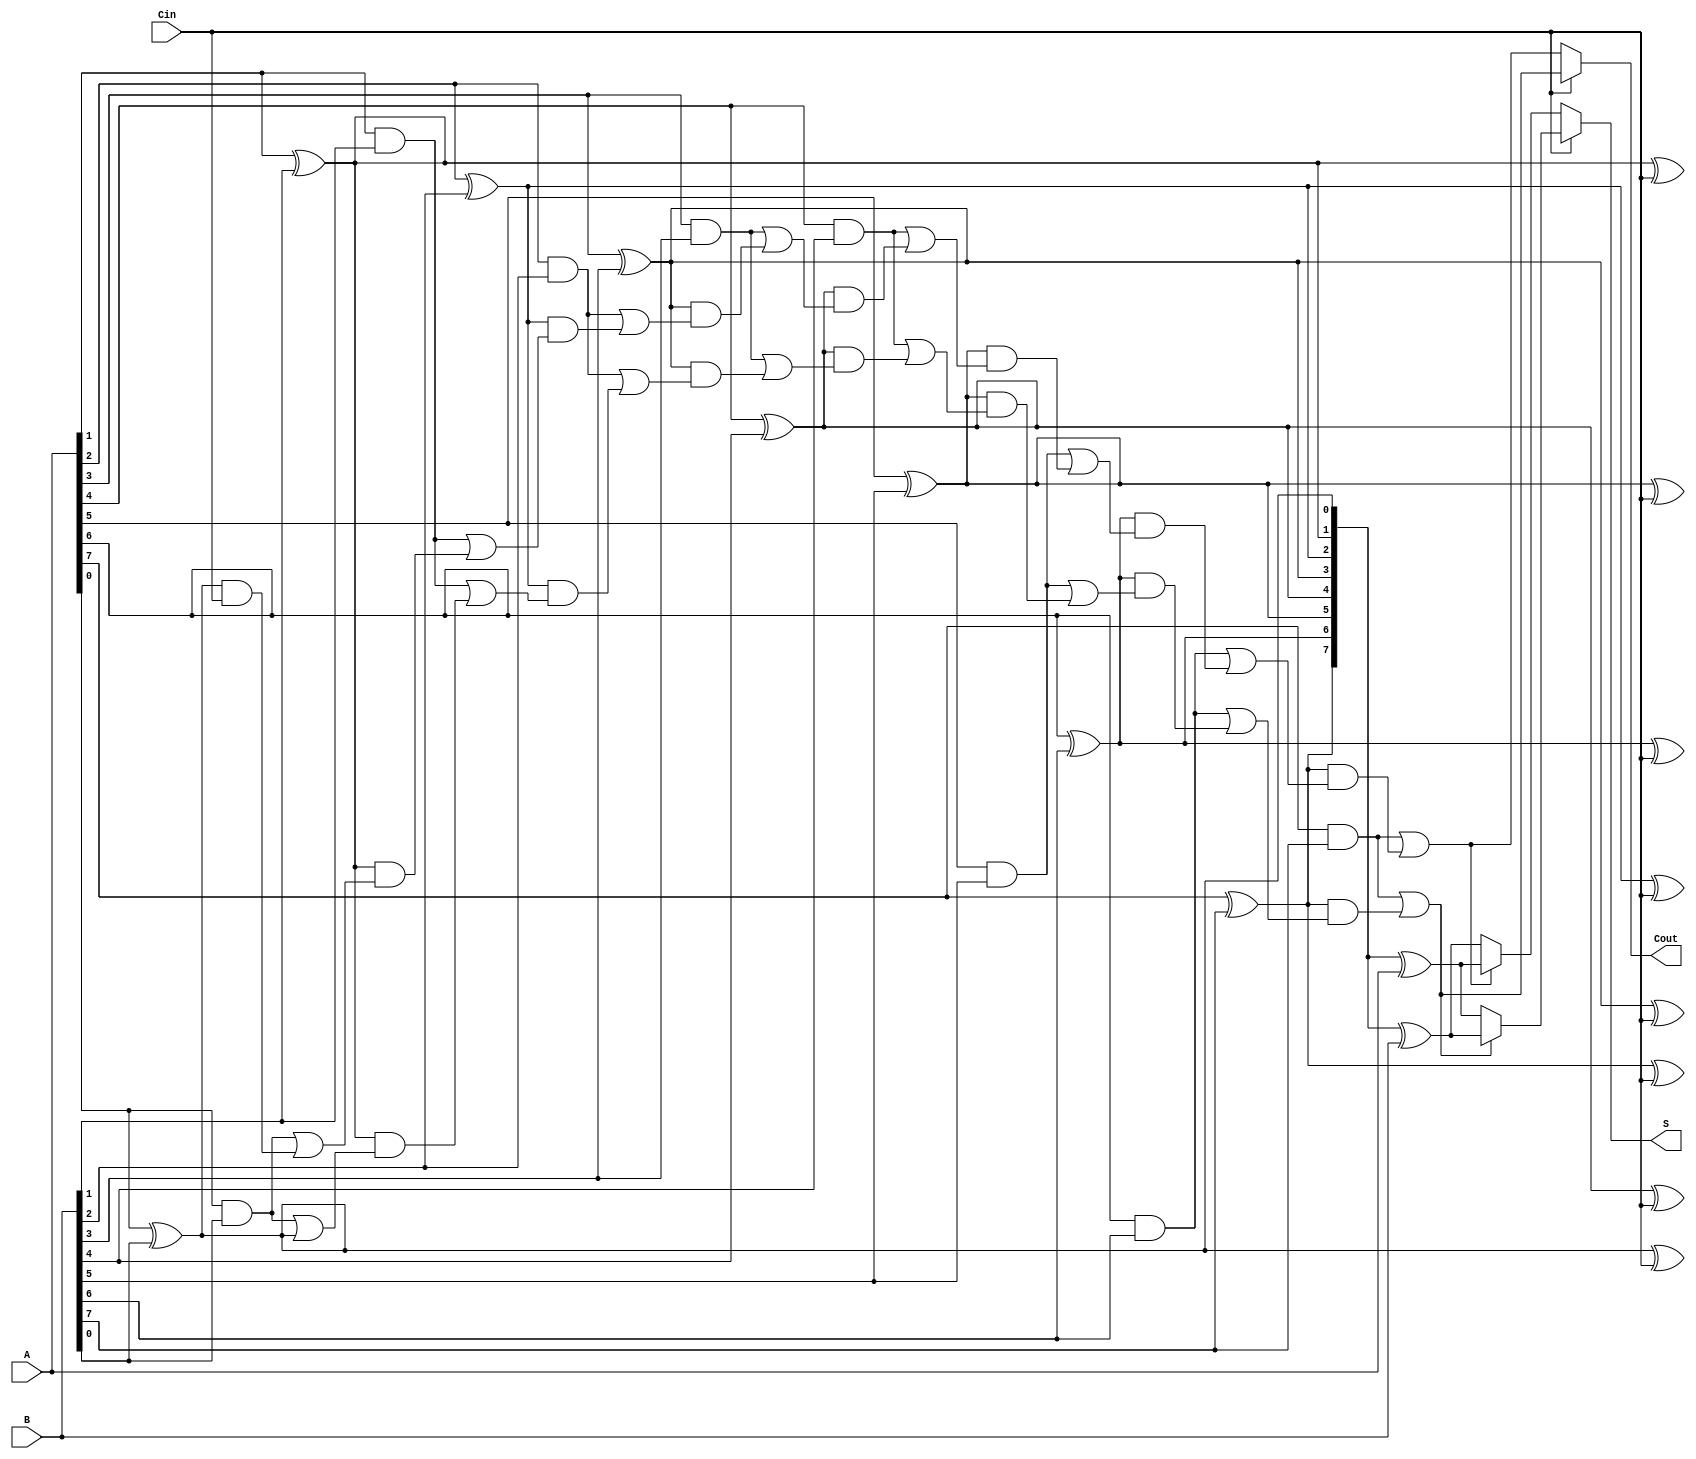
module carry_select_adder #(parameter n = 8) (
    input [n-1:0] A,    // First n-bit input
    input [n-1:0] B,    // Second n-bit input
    input Cin,          // Input carry
    output [n-1:0] S,   // n-bit sum output
    output Cout         // Output carry
);

wire [n:0] G;         // Generate signals
wire [n:0] P;         // Propagate signals
wire [n:0] C0;        // Carry outputs assuming Cin = 0
wire [n:0] C1;        // Carry outputs assuming Cin = 1

// Carry Lookahead Logic
genvar i;

generate
    // Generate and propagate calculations
    for (i = 0; i < n; i = i + 1) begin : gen_prop
        assign G[i] = A[i] & B[i];          // Generate
        assign P[i] = A[i] ^ B[i];          // Propagate
    end
endgenerate

assign C0[0] = Cin;  // Carry0 input
assign C1[0] = 1;    // Carry1 input

generate
    for (i = 0; i < n; i = i + 1) begin : carry_gen
        if (i == 0) begin
            // For the first stage, carry for C0 and C1 simply based on G and P
            assign C0[i + 1] = G[i] | (P[i] & C0[i]);
            assign C1[i + 1] = G[i] | (P[i] & C1[i]);
        end else begin
            // For subsequent stages, we use the carry generated for the previous stage
            assign C0[i + 1] = G[i] | (P[i] & C0[i]);
            assign C1[i + 1] = G[i] | (P[i] & C1[i]);
        end
    end
endgenerate

// Sum calculation
generate
    for (i = 0; i < n; i = i + 1) begin : sum_calc
        assign S[i] = P[i] ^ Cin;   // Use Cin to calculate sum
    end
endgenerate

// MUX to select appropriate sum based on Cin
assign Cout = Cin ? C1[n] : C0[n]; // Final carry output
assign S = Cin ? (C1[n] ? (P ^ B) : (P ^ A)) : (C0[n] ? (P ^ A) : (P ^ B));

endmodule